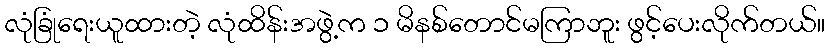
လုံခြုံရေးယူထားတဲ့ လုံထိန်းအဖွဲ့က ၁ မိနစ်တောင်မကြာဘူး ဖွင့်ပေးလိုက်တယ်။